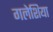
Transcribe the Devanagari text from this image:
गलेशिया